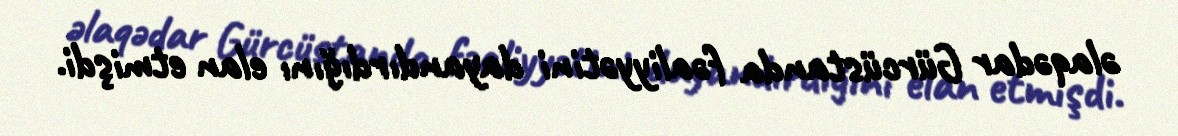
əlaqədar Gürcüstanda fəaliyyətini dayandırdığını elan etmişdi.